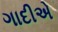
ગાદીએ